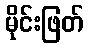
မိုင်းဖြတ်